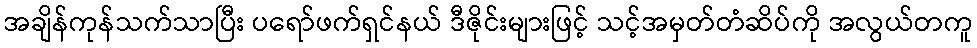
အချိန်ကုန်သက်သာပြီး ပရော်ဖက်ရှင်နယ် ဒီဇိုင်းများဖြင့် သင့်အမှတ်တံဆိပ်ကို အလွယ်တကူ